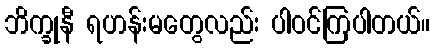
ဘိက္ခုနီ ရဟန်းမတွေလည်း ပါဝင်ကြပါတယ်။